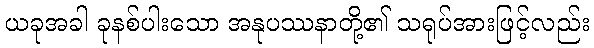
ယခုအခါ ခုနစ်ပါးသော အနုပဿနာတို့၏ သရုပ်အားဖြင့်လည်း